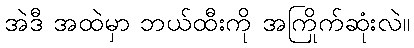
အဲဒီ အထဲမှာ ဘယ်ထီးကို အကြိုက်ဆုံးလဲ။